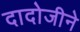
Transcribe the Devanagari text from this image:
दादोजीने